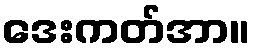
ဒေးကတ်အာ။